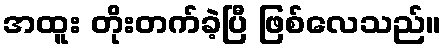
အထူး တိုးတက်ခဲ့ပြီ ဖြစ်လေသည်။